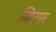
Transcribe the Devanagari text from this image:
व्हिनमूर